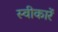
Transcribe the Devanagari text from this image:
स्वीकारें